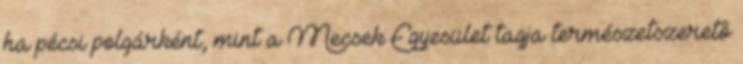
ha pécsi polgárként, mint a Mecsek Egyesület tagja természetszeretô